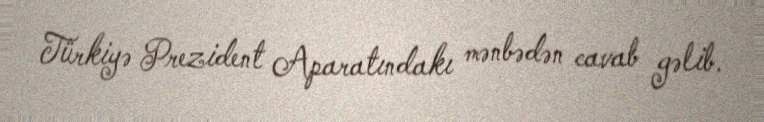
Türkiyə Prezident Aparatındakı mənbədən cavab gəlib.